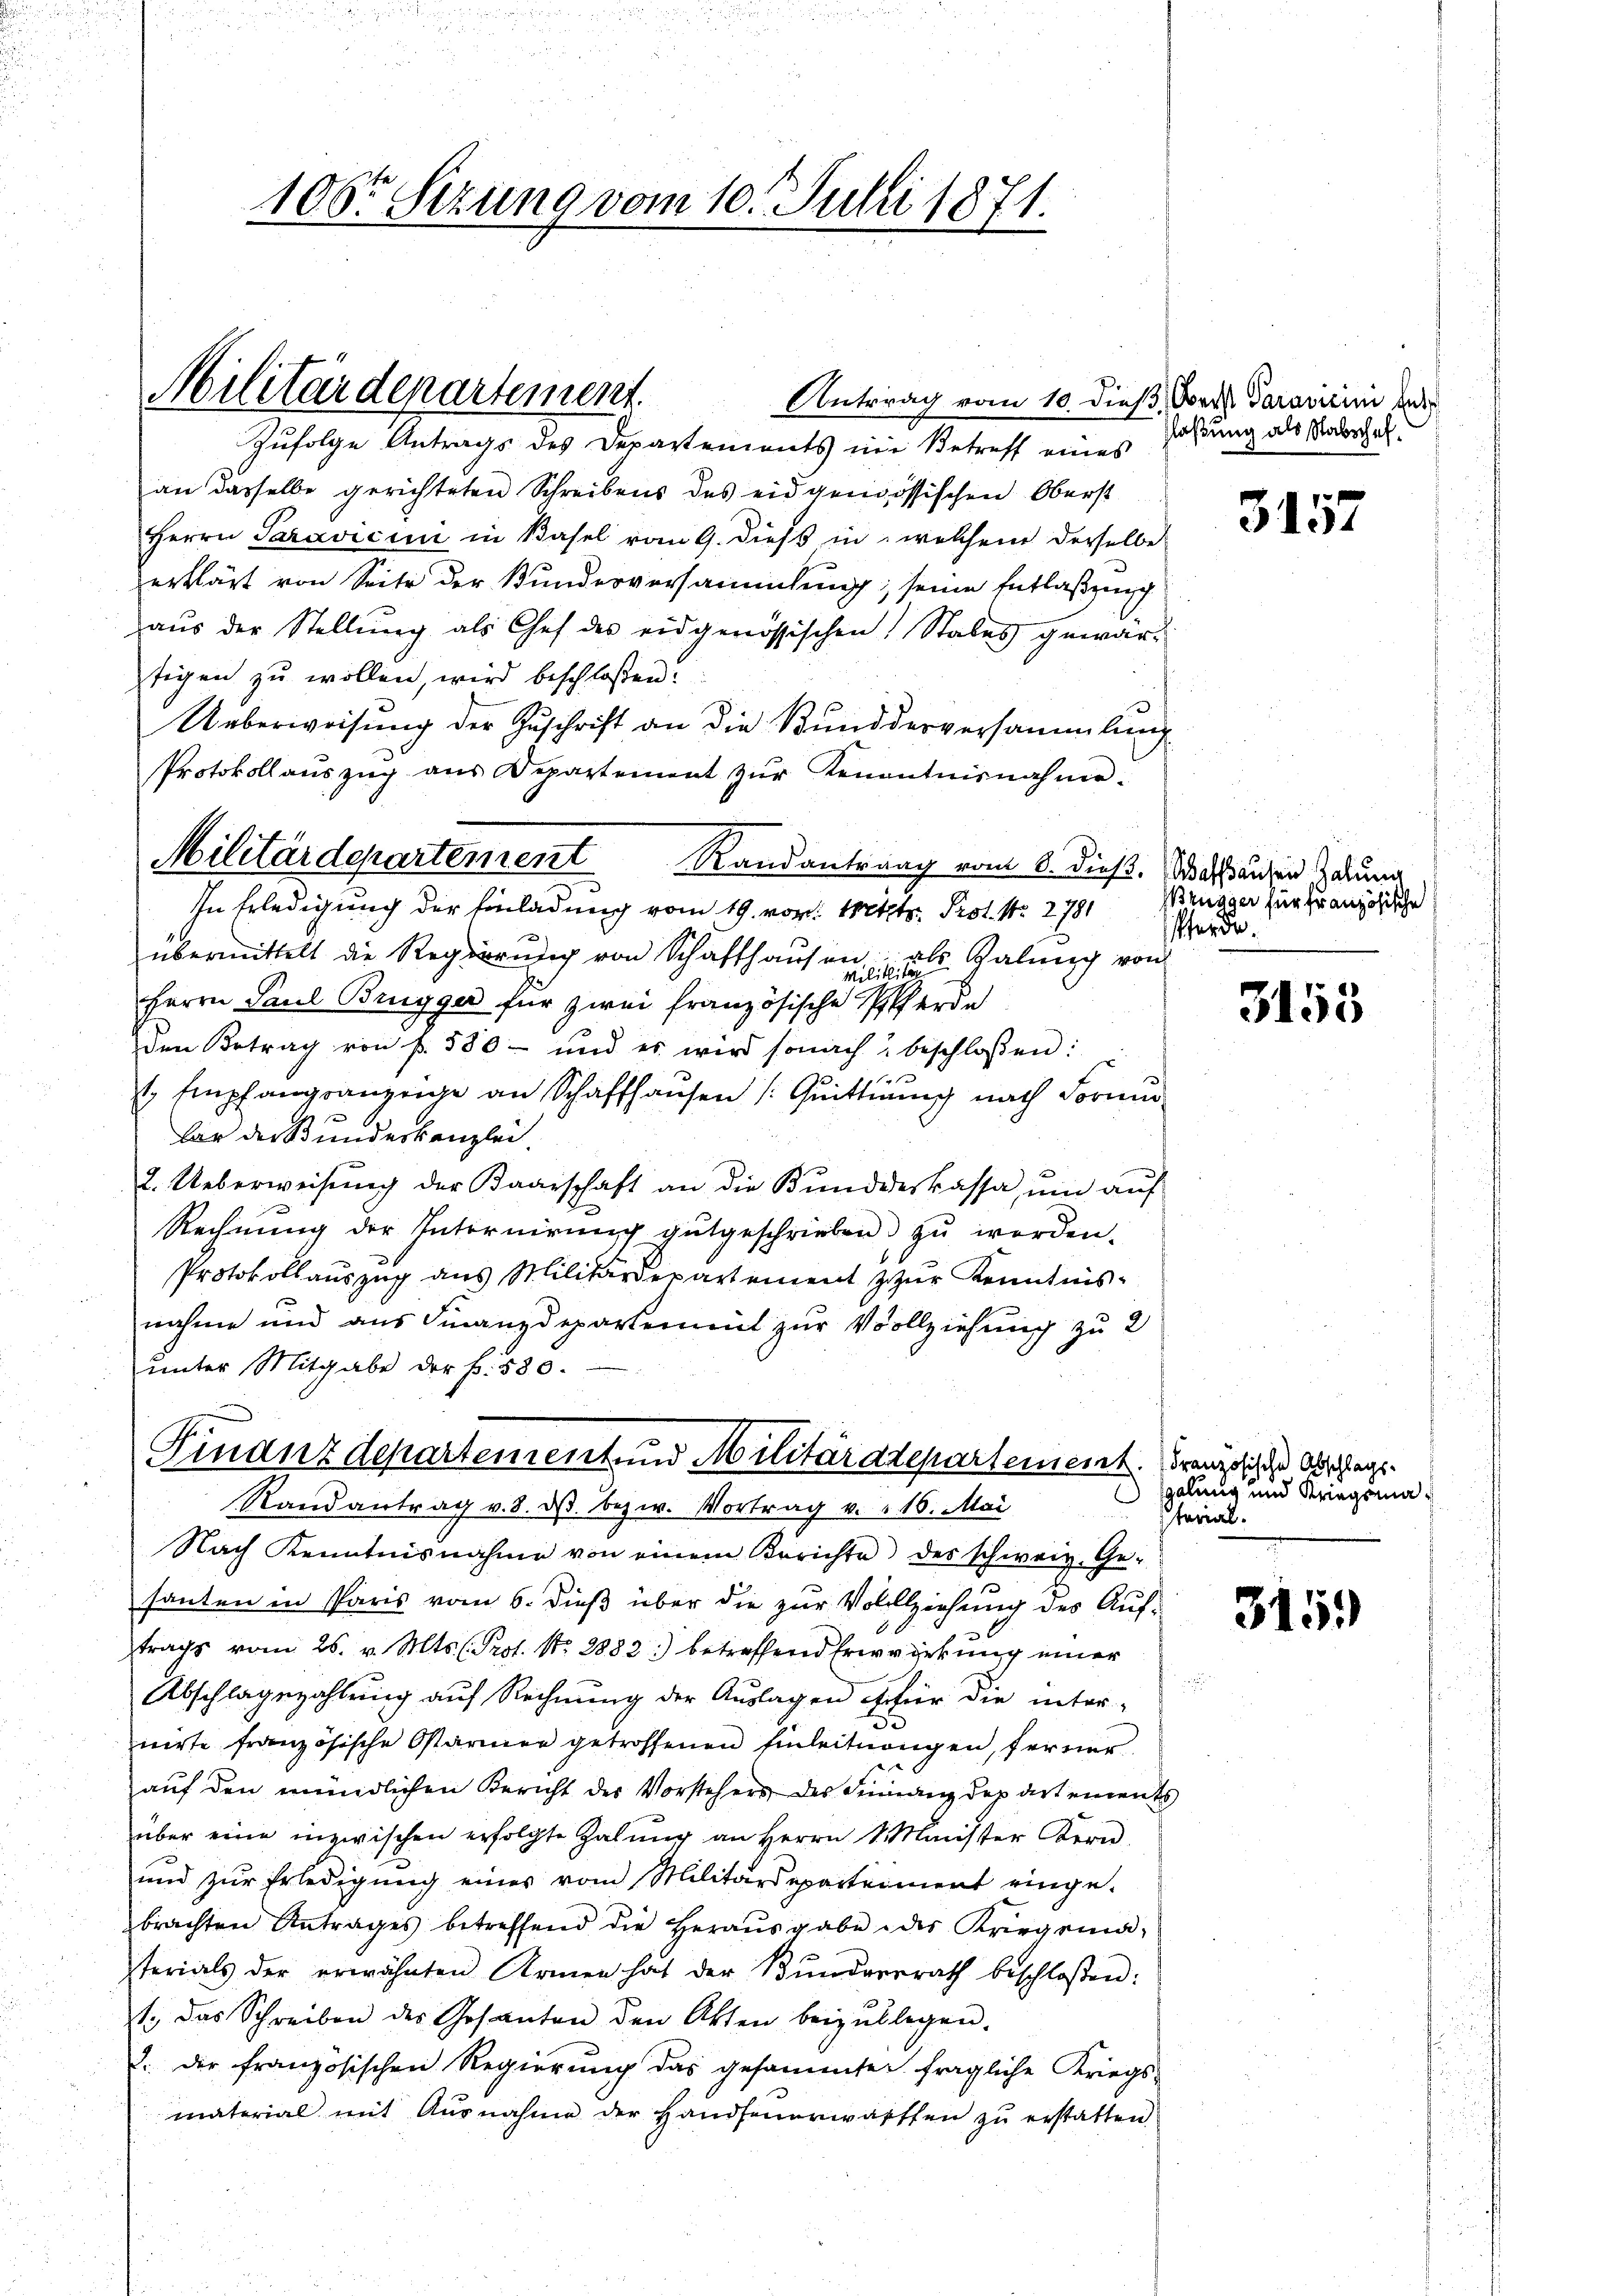
106 Sezung vom 10. Julii 1871.

Zufolge Antrags des Departements im Betreff eines
an dasselbe gerichteten Schreibens des eidgenössischen Oberst
Herrn Paravicini in Basel vom 9. dieß in welchem derselbe
erklärt von Seite der Bunderversammlung; seine Entlaßung
aus der Stellung als Chef des eidgenössischen Stales gewärtigen zu wollen, wird beschloßen:
Ueberweisung der Zuschrift an die Bundderversammlung
Protokollaŭszŭg ans Departement zŭr Kenntnisnahme.
Militärdepartement Randantrag vom 8. dieß. Wathausendung
In Erledigung der Einladung vom 19. vor. Mtt. Prot. Nr. 2781 Ringger für französische
übermittelt die Regierung von Schaffhausen, als Zalung von
Herrn Paul Brugger für zwei französischen werde
den Betrag von p. 580 - und es wird sonach beschlossen:
t Empfangsanzeige an Schaffhaŭsen /: Quittŭng nach Formu
bar der Bundeskanzlei
2. Ueberweisung der Baarschaft an die Bundeskassa, um auf
Rechnŭng der Internirŭng gutgeschrieben zŭ worden.
Protokoll auszug aus Militärdepartement zur Kenntnisnahme und aus Finanzdepartement zur Vollziehung zu 2
unter Mitgabe der f. 580.
Finanzdepartement und Militärdepartement. Französische Abschlags¬
Randantrag v. 8. dβ bezw. Vortrag v. 16. Mai
Nach Kenntnisnahme von einem Berichte des schweiz. Ge-
santen in Paris vom 6. dieß über die zur Vollziehung des Auftrags vom 26. v. Mts. Prot. No. 2882) betreffend Erwegekung einer
Abschlagezahlung auf Rechnung der Auslagen für die inter-
e
nirte französische Ostarmer getroffenen Einleitungen, ferner
aŭf den mündlichen Bericht des Vorstehers des Finanzdepartements
über eine inzwischen erfolgte Gabŭng an Herrn M. Minister Kern
und zŭr Erledigung eines vom Militärdeparteiment eingebrachten Antrages betreffend die Heraŭsgabe der Kriegsmasterials der erwähnten Armen hat der Bŭndarrrath beschlossen:
1., das Schreiben des Gesanten den Akten beizŭblegen.
2. der französischen Regierung das gesammter fragliche Kriegs-
material mit Ausnahme der Handfeŭerwarffen zŭ erstatten,

Militärdepartement.

Antrag vom 10. dieß, Bore Paravicini der

Flaßung als Stabschaf

3157

erde.

3155

galung und Kriegsmaterial.

315.